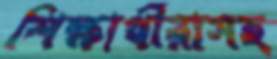
শিক্ষার্থীরাসহ